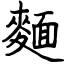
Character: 麵